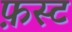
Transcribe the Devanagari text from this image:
फ़स्ट